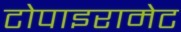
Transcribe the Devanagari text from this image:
टोपाइरामेट